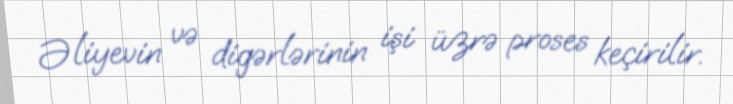
Əliyevin və digərlərinin işi üzrə proses keçirilir.